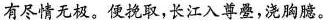
有尽情无极。便挽取，长江入尊璺，浇胸臆。